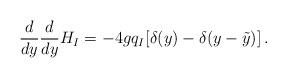
LaTeX: \begin{align*}{d\over d y} {d\over d y} H_I= -4g q_I [\delta(y) - \delta(y-\tilde y)]\,.\end{align*}